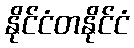
နိုင်ငံတနိုင်ငံ